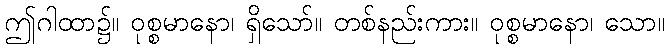
ဤဂါထာ၌။ ဝုစ္စမာနော၊ ရှိသော်။ တစ်နည်းကား။ ဝုစ္စမာနော၊ သော။